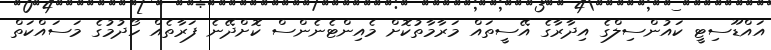
އައްޑޫސިޓީ ކައުންސިލްގެ އިދާރާގެ އޭސީތައް މަރާމާތުކޮށް މެއިންޓެނެންސް ކޮށްދޭނެ ފަރާތެއް ހޯދުމުގެ މަސައްކަތް